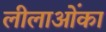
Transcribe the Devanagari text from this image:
लीलाओंका